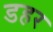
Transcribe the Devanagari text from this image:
डहर